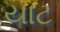
યાટ